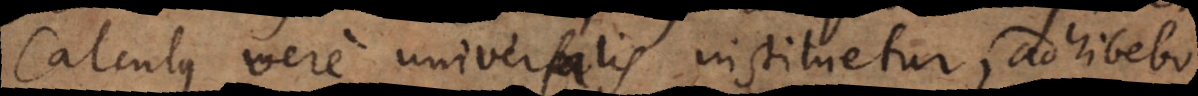
Calculus vere universalis instituetur, adhibebo